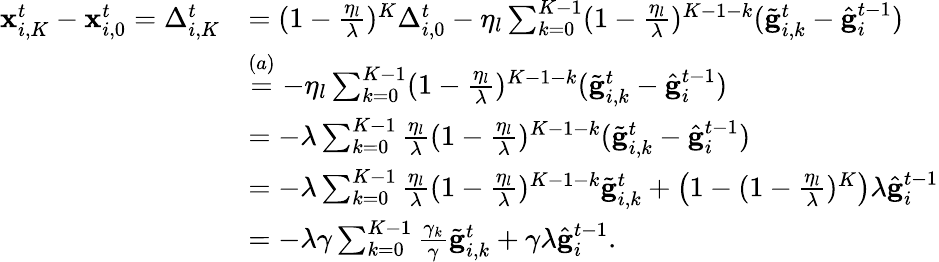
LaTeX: \begin{array}{rl}{\mathbf{x}_{i,K}^{t}-\mathbf{x}_{i,0}^{t}=\Delta_{i,K}^{t}}&{=(1-\frac{\eta_{l}}{\lambda})^{K}\Delta_{i,0}^{t}-\eta_{l}\sum_{k=0}^{K-1}(1-\frac{\eta_{l}}{\lambda})^{K-1-k}(\tilde{\mathbf{g}}_{i,k}^{t}-\hat{\mathbf{g}}_{i}^{t-1})}\\ &{\overset{(a)}{=}-\eta_{l}\sum_{k=0}^{K-1}(1-\frac{\eta_{l}}{\lambda})^{K-1-k}(\tilde{\mathbf{g}}_{i,k}^{t}-\hat{\mathbf{g}}_{i}^{t-1})}\\ &{=-\lambda\sum_{k=0}^{K-1}\frac{\eta_{l}}{\lambda}(1-\frac{\eta_{l}}{\lambda})^{K-1-k}(\tilde{\mathbf{g}}_{i,k}^{t}-\hat{\mathbf{g}}_{i}^{t-1})}\\ &{=-\lambda\sum_{k=0}^{K-1}\frac{\eta_{l}}{\lambda}(1-\frac{\eta_{l}}{\lambda})^{K-1-k}\tilde{\mathbf{g}}_{i,k}^{t}+\bigl(1-(1-\frac{\eta_{l}}{\lambda})^{K}\bigr)\lambda\hat{\mathbf{g}}_{i}^{t-1}}\\ &{=-\lambda\gamma\sum_{k=0}^{K-1}\frac{\gamma_{k}}{\gamma}\tilde{\mathbf{g}}_{i,k}^{t}+\gamma\lambda\hat{\mathbf{g}}_{i}^{t-1}.}\end{array}